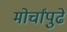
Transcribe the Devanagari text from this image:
मोर्चांपुढे